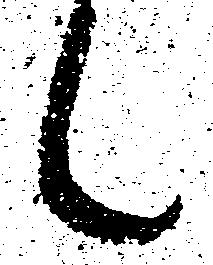
々